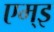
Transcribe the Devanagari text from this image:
एम्इ